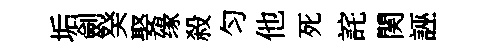
垢劍癸娶缘殺匀他死詫関誣